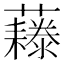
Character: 𧄃